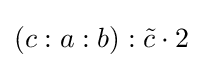
(c:a:b):{\tilde {c}}\cdot 2